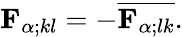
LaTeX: {\mathbf{F}}_{\alpha;kl}=-\overline{{{\mathbf{F}}_{\alpha;lk}}}.